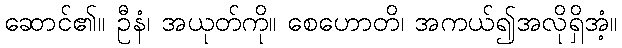
ဆောင်၏။ ဦနံ၊ အယုတ်ကို။ စေဟောတိ၊ အကယ်၍အလိုရှိအံ့။